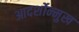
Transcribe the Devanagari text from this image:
आदर्शोन्‍मुख